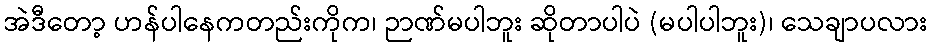
အဲဒီတော့ ဟန်ပါနေကတည်းကိုက၊ ဉာဏ်မပါဘူး ဆိုတာပါပဲ (မပါပါဘူး)၊ သေချာပလား